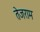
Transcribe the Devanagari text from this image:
तेजराम